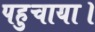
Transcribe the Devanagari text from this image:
पहुचाया।